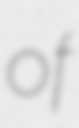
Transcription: of